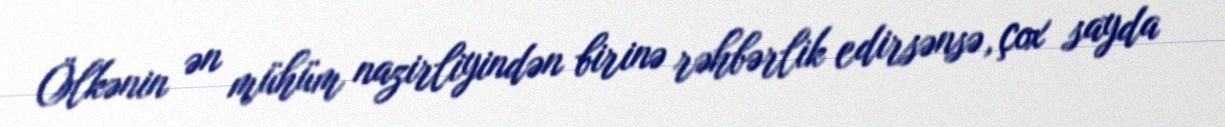
Ölkənin ən mühüm nazirliyindən birinə rəhbərlik edirsənsə, çox sayda